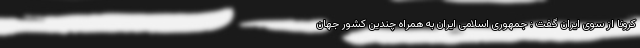
کرونا از سوی ایران گفت : جمهوری اسلامی ایران به همراه چندین کشور جهان